Report of the veterinary officer investigating camel disease
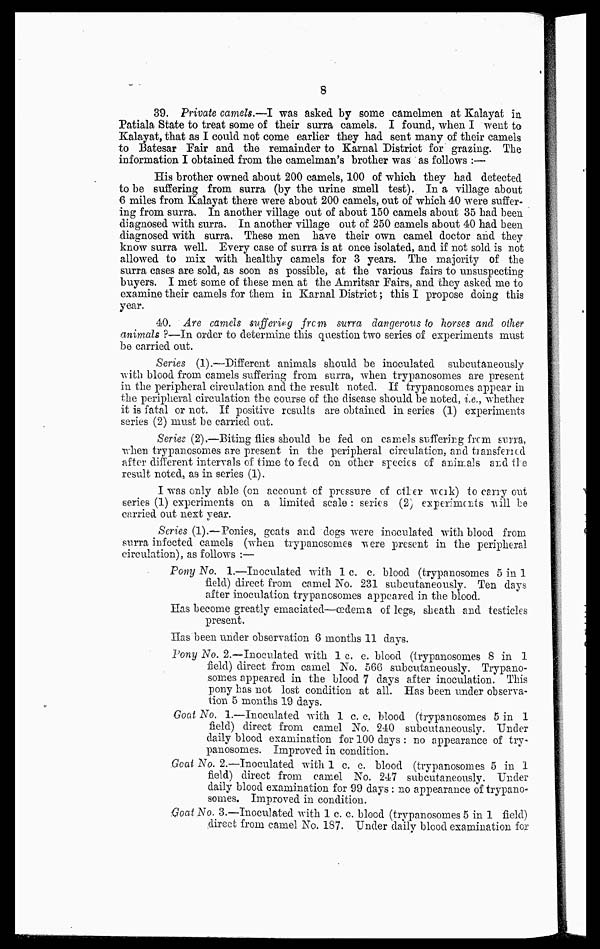
8
39. Private camels.—I was asked by some camelmen at Kalayat in
Patiala State to treat some of their surra camels. I found, when I went to
Kalayat, that as I could not come earlier they had sent many of their camels
to Batesar Pair and the remainder to Karnal District for grazing. The
information I obtained from the camelman's brother was as follows :—
His brother owned about 200 camels, 100 of which they had detected
to be suffering from surra (by the urine smell test). In a village about
6 miles from Kalayat there were about 200 camels, out of which 40 were suffer-
ing from surra. In another village out of about 150 camels about 35 had been
diagnosed with surra. In another village out of 250 camels about 40 had been
diagnosed with surra. These men have their own camel doctor and they
know surra well. Every case of surra is at once isolated, and if not sold is not
allowed to mix with healthy camels for 3 years. The majority of the
surra cases are sold, as soon as possible, at the various fairs to unsuspecting
buyers. I met some of these men at the Amritsar Fairs, and they asked me to
examine their camels for them in Karnal District; this I propose doing this
year.
40. Are camels suffering frcm surra dangerous to horses and other
animals ?—In order to determine this question two series of experiments must
be carried out.
Series (1) —-Different animals should be inoculated subcutaneously
with blood from camels suffering from surra, when trypanosomes are present
in the peripheral circulation and the result noted. If trypanosomes appear in
the peripheral circulation the course of the disease should be noted, i.e., whether
it is fatal or not. If positive results are obtained in series (1) experiments
series (2) must be carried out.
Series (2).—Biting flies should be fed on camels suffering from surra,
when trypanosomes are present in the peripheral circulation, and transferied
after different intervals of time to feed on other species of animals and the
result noted., as in series (I).
I was only able (on account of pressure of other work) to carry out
series (1) experiments on a limited scale : series (2) experiments will be
carried out next year.
Scries (1).—Ponies, goats and dogs were inoculated with blood from
surra infected camels (when trypanosomes were present in the peripheral
circulation), as follows :—
Pony No. 1.—Inoculated with 1 c. c. blood (trypanosomes 5 in 1
field) direct from camel No. 231 subcutaneously. Ten days
after inoculation trypanosomes appeared in the blood.
Has become greatly emaciated—oedema of legs, sheath and testicles
present.
Has been under observation 8 months 11 days.
Forty No. 2.—Inoculated with 1 c. c. blood (trypanosomes 8 in 1
field) direct from camel No. 566 subcutaneously. Trypano-
somes appeared in the blood 7 days after inoculation. This
pony has not lost condition at all. Has been under observa-
tion 5 months 19 days.
Goat No. 1.—Inoculated with 1 c. c. blood (trypanosomes 5 in 1
field) direct from camel No. 240 subcutaneously. Under
daily blood examination for 100 days : no appearance of try-
panosomes. Improved in condition.
Goat No. 2.—Inoculated with 1 c. c. blood (trypanosomes 5 in 1
field) direct from camel No. 247 subcutaneously. Under
daily blood examination for 99 days : no appearance of trypano-
somes. Improved in condition.
Goat No. 3.—Inoculated with 1 c. c. blood (trypanosomes 5 in 1 field)
direct from camel No. 187. Under daily blood examination for